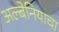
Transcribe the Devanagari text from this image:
अल्बेनियाचा